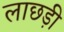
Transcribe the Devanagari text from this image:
लाछड़ी